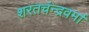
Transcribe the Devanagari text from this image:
शरतचंन्द्रवर्मा